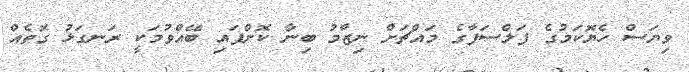
ވިޔަސް ހެޔޮކަމުގެ ފަލްސަފާގެ މައްޗަށް ނިޒާމު ބިނާ ކޮށްފައި ބޭއްވުމަކީ ރަނގަޅު ގޮތެއް